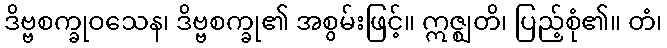
ဒိဗ္ဗစက္ခုဝသေန၊ ဒိဗ္ဗစက္ခု၏ အစွမ်းဖြင့်။ ဣဇ္ဈတိ၊ ပြည့်စုံ၏။ တံ၊